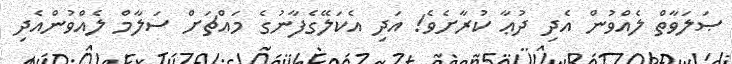
ޞަލަވާތް ލެއްވުން އެދި ދުޢާ ކުރާށެވެ! އަދި އެކަލޭގެފާނުގެ މައްޗަށް ސަލާމް ލެއްވުންއެދި